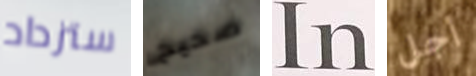
ستزداد صحيح In أجل